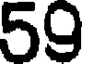
59